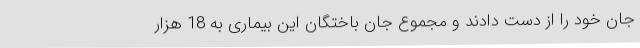
جان خود را از دست دادند و مجموع جان باختگان این بیماری به 18 هزار